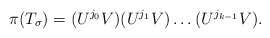
\begin{align*}\pi(T_\sigma)=(U^{j_0}V)(U^{j_1}V) \dots (U^{j_{k-1}}V).\end{align*}